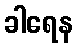
ခါရေန